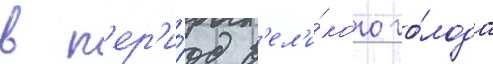
в п'ер'и́од в'ел'и́кого го́лода